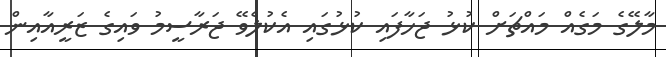
މާލޭގެ މަގެއް މައްޗަށް ކުޅު ޖަހާފައި ކުޅުގައި އެކުލެވޭ ޖަރާސީމު ވައިގެ ޒަރީއާއިން